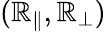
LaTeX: (\mathbb{R}_{\parallel},\mathbb{R}_{\perp})